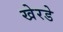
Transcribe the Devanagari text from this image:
खेरडे